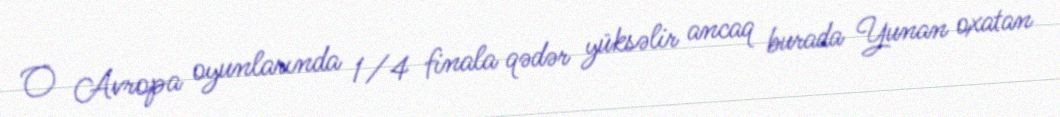
O Avropa oyunlarında 1/4 finala qədər yüksəlir ancaq burada Yunan oxatan